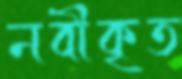
নবীকৃত